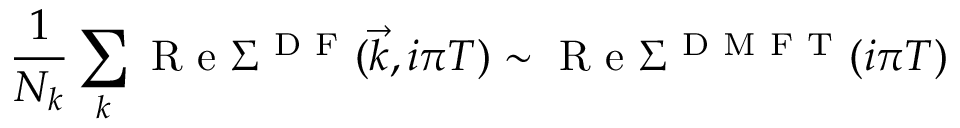
\frac { 1 } { N _ { k } } \sum _ { k } \mathrm { ~ R ~ e ~ } \Sigma ^ { \mathrm { ~ D ~ F ~ } } ( \vec { k } , i \pi T ) \sim \mathrm { ~ R ~ e ~ } \Sigma ^ { \mathrm { ~ D ~ M ~ F ~ T ~ } } ( i \pi T )